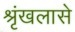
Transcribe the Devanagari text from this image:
श्रृंखलासे